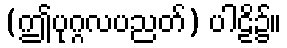
(ဤပုဂ္ဂလပညတ်) ပါဠိ၌။